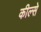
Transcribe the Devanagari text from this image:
कील्से